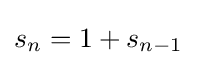
s_{n}=1+s_{n-1}